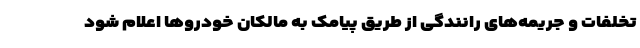
تخلفات و جریمه‌های رانندگی از طریق پیامک به مالکان خودروها اعلام شود